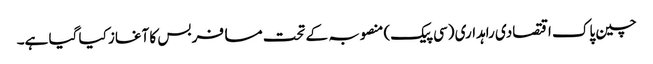
چین پاک اقتصادی راہداری (سی پیک) منصوبہ کے تحت مسافر بس کا آغاز کیا گیا ہے۔